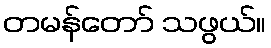
တမန်တော် သဖွယ်။